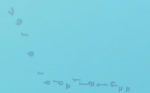
محل بيع الزهور والورود بأ